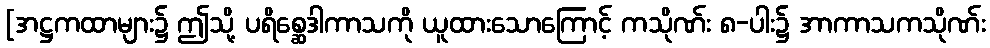
[အဋ္ဌကထာများ၌ ဤသို့ ပရိစ္ဆေဒါကာသကို ယူထားသောကြောင့် ကသိုဏ်း ၈-ပါး၌ အာကာသကသိုဏ်း